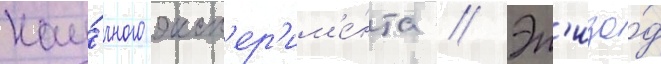
нау́чного эксп'ер'им'е́нта // Эп'изо́д